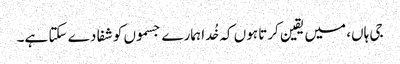
جی ہاں، میں یقین کرتا ہوں کہ خُدا ہمارے جسموں کو شفا دے سکتا ہے۔